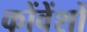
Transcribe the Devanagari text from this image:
कोंवेंशों